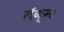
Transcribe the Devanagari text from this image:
लॅक्मे।